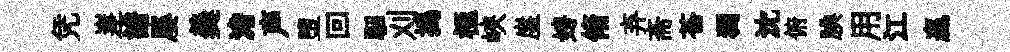
凭嵳譜屡羮澹声墮回駰刈搗極峽崖娉脩弃斋苍獨沈俯腆用江贏